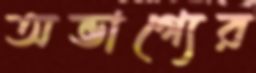
অভাগ্যের